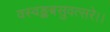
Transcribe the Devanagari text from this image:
वस्वङ्कबसुवत्सरे।।